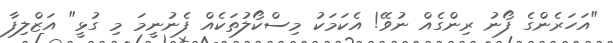
"އަހަރެންގެ ފޯނު ރިންގެއް ނުވޭ! އެކަމަކު މިސްކޯލުތަކެއް ފެނުނީމަ މި ގުޅީ" އަޒްލިފާ